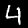
Label: 4